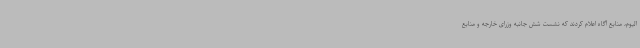
الیوم، منابع آگاه اعلام کردند که نشست شش جانبه وزرای خارجه و منابع